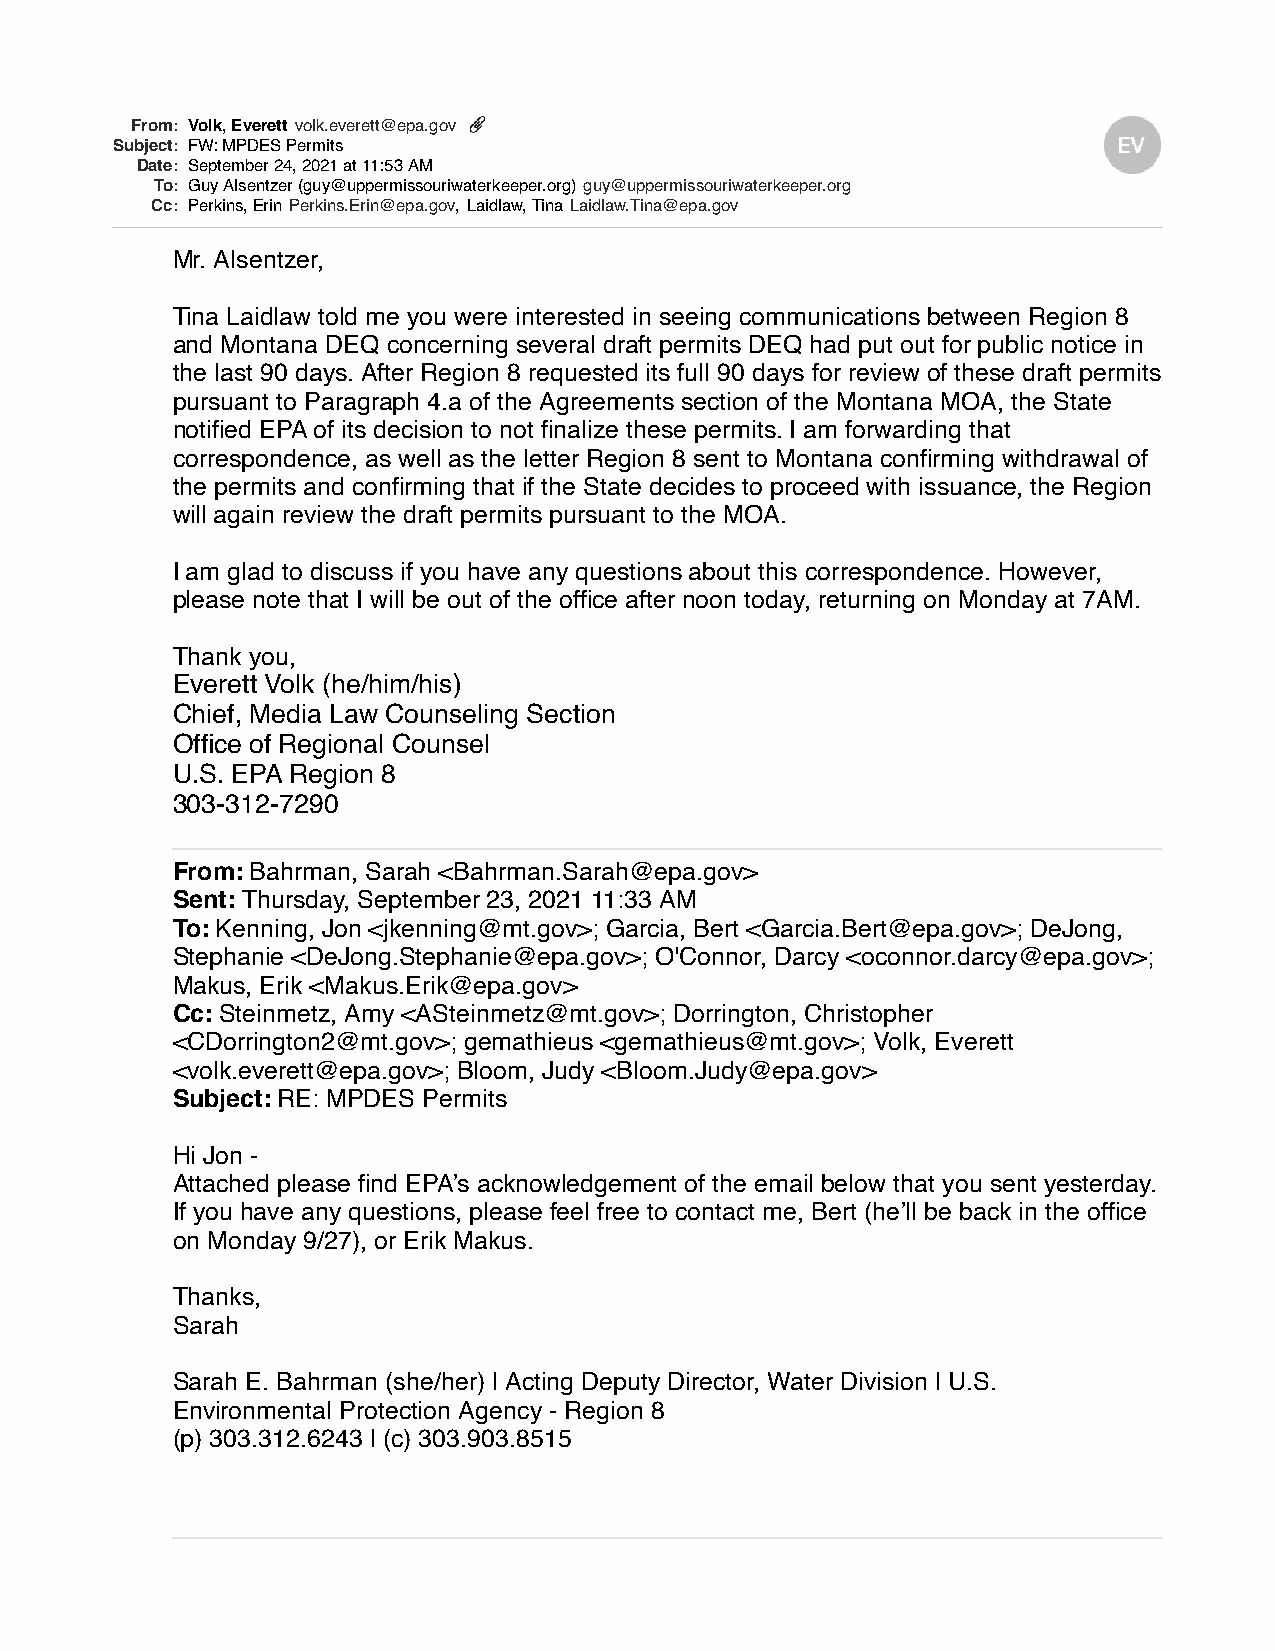
From: Volk, Everett volk.everett@epa.gov
 Subject: FW: MPDES Permits
 Date: September 24, 2021 at 11:53 AM
 To: Guy Alsentzer (guy@uppermissouriwaterkeeper.org) guy@uppermissouriwaterkeeper.org
 Cc: Perkins, Erin Perkins.Erin@epa.gov, Laidlaw, Tina Laidlaw.Tina@epa.gov
 Mr. Alsentzer,
 Tina Laidlaw told me you were interested in seeing communications between Region 8
 and Montana DEQ concerning several draft permits DEQ had put out for public notice in
 the last 90 days. After Region 8 requested its full 90 days for review of these draft permits
 pursuant to Paragraph 4.a of the Agreements section of the Montana MOA, the State
 notified EPA of its decision to not finalize these permits. I am forwarding that
 correspondence, as well as the letter Region 8 sent to Montana confirming withdrawal of
 the permits and confirming that if the State decides to proceed with issuance, the Region
 will again review the draft permits pursuant to the MOA.
 I am glad to discuss if you have any questions about this correspondence. However,
 please note that I will be out of the office after noon today, returning on Monday at 7AM.
 Thank you,
 Everett Volk (he/him/his)
 Chief, Media Law Counseling Section
 Office of Regional Counsel
 U.S. EPA Region 8
 303-312-7290
 From: Bahrman, Sarah <Bahrman.Sarah@epa.gov>
 Sent: Thursday, September 23, 2021 11:33 AM
 To: Kenning, Jon <jkenning@mt.gov>; Garcia, Bert <Garcia.Bert@epa.gov>; DeJong,
 Stephanie <DeJong.Stephanie@epa.gov>; O'Connor, Darcy <oconnor.darcy@epa.gov>;
 Makus, Erik <Makus.Erik@epa.gov>
 Cc: Steinmetz, Amy <ASteinmetz@mt.gov>; Dorrington, Christopher
 <CDorrington2@mt.gov>; gemathieus <gemathieus@mt.gov>; Volk, Everett
 <volk.everett@epa.gov>; Bloom, Judy <Bloom.Judy@epa.gov>
 Subject: RE: MPDES Permits
 Hi Jon -
 Attached please find EPA’s acknowledgement of the email below that you sent yesterday.
 If you have any questions, please feel free to contact me, Bert (he’ll be back in the office
 on Monday 9/27), or Erik Makus.
 Thanks,
 Sarah
 Sarah E. Bahrman (she/her) | Acting Deputy Director, Water Division | U.S.
 Environmental Protection Agency - Region 8
 (p) 303.312.6243 | (c) 303.903.8515